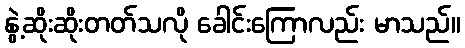
နွဲ့ဆိုးဆိုးတတ်သလို ခေါင်းကြောလည်း မာသည်။